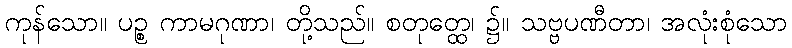
ကုန်သော။ ပဉ္စ ကာမဂုဏာ၊ တို့သည်။ စတုတ္ထေ၊ ၌။ သဗ္ဗပဏီတာ၊ အလုံးစုံသော